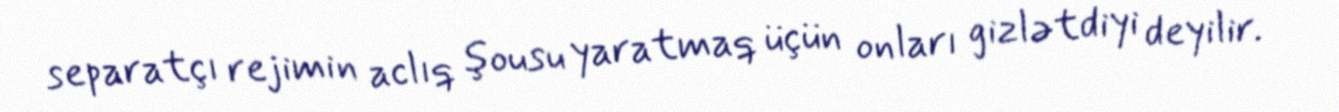
separatçı rejimin aclıq şousu yaratmaq üçün onları gizlətdiyi deyilir.